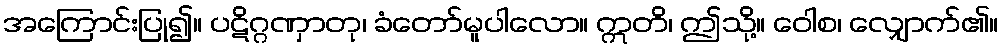
အကြောင်းပြု၍။ ပဋိဂ္ဂဏှာတု၊ ခံတော်မူပါလော။ ဣတိ၊ ဤသို့။ ဝေါစ၊ လျှောက်၏။